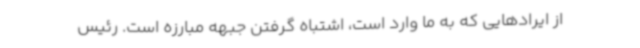
از ایرادهایی که به ما وارد است، اشتباه گرفتن جبهه مبارزه است. رئیس